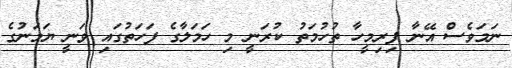
ނަމަވެސް އޭނާ ފިރިމީހާ ތުހުމަތު ކުރަނީ މި ހަމަލާގެ ފަހަތުގައި ވަނީ ޔަމަނުގެ